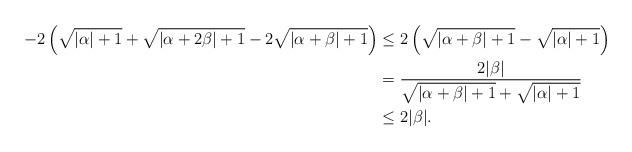
LaTeX: \begin{align*}-2\left(\sqrt{|\alpha|+1}+\sqrt{|\alpha+2\beta|+1}-2\sqrt{|\alpha+\beta|+1}\right)&\leq 2\left(\sqrt{|\alpha+\beta|+1}-\sqrt{|\alpha|+1}\right)\\&=\frac{2|\beta|}{\sqrt{|\alpha+\beta|+1}+\sqrt{|\alpha|+1}}\\&\leq 2|\beta|.\end{align*}